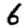
Digit: 6